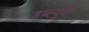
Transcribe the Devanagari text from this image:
डब्ल्युपी